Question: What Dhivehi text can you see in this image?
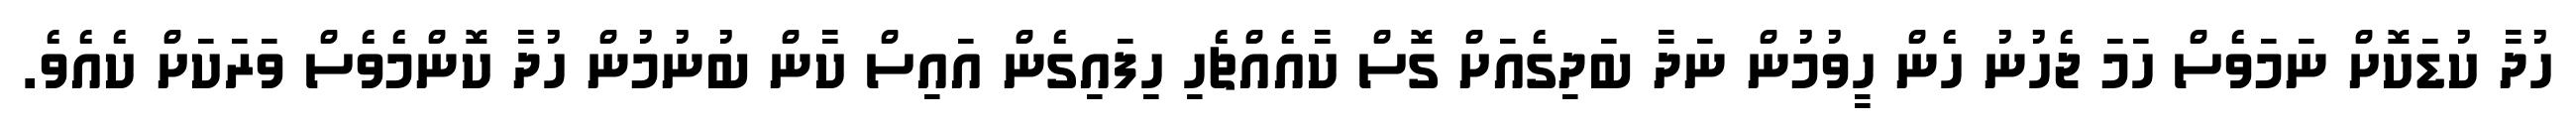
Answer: ހުދާ ކުޑަކޮށް ނަމަވެސް ހަމަ ޖެހުނު ހެން ހީވުމުން ނަދާ ބަދިގެއަށް ގޮސް ކާއެއްޗެހި ހިފައިގެން އައިސް ކާން ބުނުމުން ހުދާ ކޮންމެވެސް ވަރަކަށް ކެއެވެ.